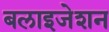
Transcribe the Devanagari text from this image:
बलाइजेशन